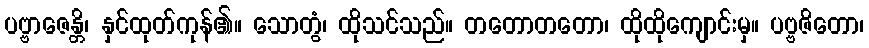
ပဗ္ဗာဇေန္တိ၊ နှင်ထုတ်ကုန်၏။ သောတွံ၊ ထိုသင်သည်။ တတောတတော၊ ထိုထိုကျောင်းမှ။ ပဗ္ဗဇိတော၊